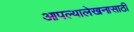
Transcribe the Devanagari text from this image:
आपल्यालेखनासाठी